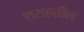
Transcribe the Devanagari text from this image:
शराहतील